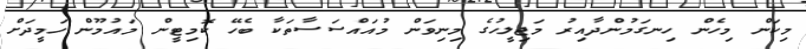
މިކަން މިހެން ހިނގަމުންދާއިރު މަޖިލީހުގެ މިނިވަން މުއައްސަސާތަކާ ބެހޭ ކޮމިޓީން މައުމޫން ހަމީދަށް